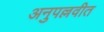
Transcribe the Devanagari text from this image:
अनुपल्लवीत